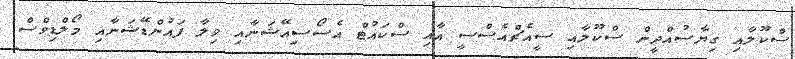
ސްކޫލާއި ގިޔާސުއްދީން ސްކޫލާއި ސީއެޗްއެސްސީ އާއި ސްކައުޓް އެސޯސިއޭޝަނާއި ވިލާ ފައުންޑޭޝަނާއި މޯލްޑިވްސް